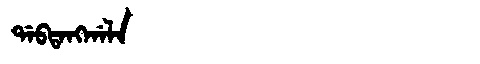
Manchu: ᡩᠠᠪᡨᠠᠩᡤᠠᠯᠠ
Romanization: DABTANGGALA